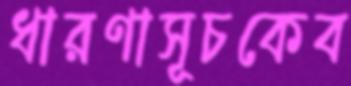
ধারণাসূচকেব